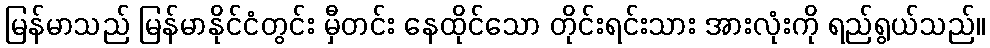
မြန်မာသည် မြန်မာနိုင်ငံတွင်း မှီတင်း နေထိုင်သော တိုင်းရင်းသား အားလုံးကို ရည်ရွယ်သည်။